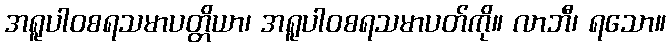
အရူပါဝစရသမာပတ္တိယာ၊ အရူပါဝစရသမာပတ်ကို။ လာဘီ၊ ရသော။